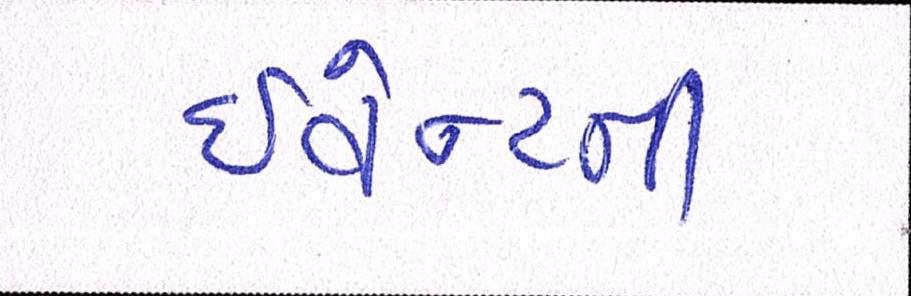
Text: ઇવેન્ટની